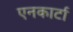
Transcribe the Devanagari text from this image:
एनकार्टा